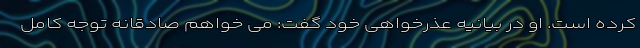
کرده است. او در بیانیه عذرخواهی خود گفت: می خواهم صادقانه توجه کامل